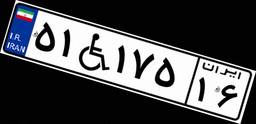
۵۱W۱۷۵۱۶